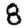
Digit: 8